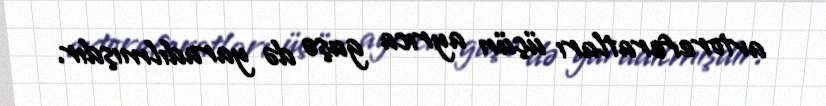
avtoreferatları üçün ayrıca guşə də yaradılmışdır.